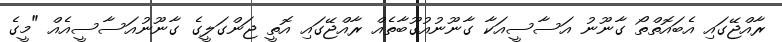
ރާއްޖޭގައި އެބައޮތްތޯ ގާނޫނު އަސާސީއަކާ ގާނޫނުއުގޫބާތެއް ރާއްޖޭގައި އޮތީ ޖަންގަލީގެ ގާނޫނުއަސާސީއެއް "މީގެ